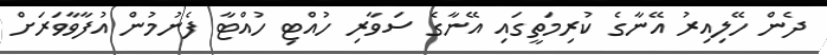
ދެން ހޭލިއިރު އޭނާގެ ކުރިމަތީގައި އޭނާގެ ސަވާރި ހުއްޓި ހުއްޓާ ފެނުމުން އުފާވާވަރަށް